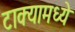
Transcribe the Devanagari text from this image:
टाक्यामध्ये